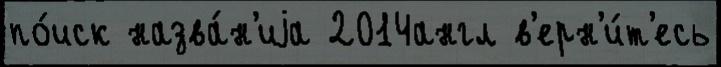
по́иск назва́н'иjа 2014англ в'ерн'и́т'есь